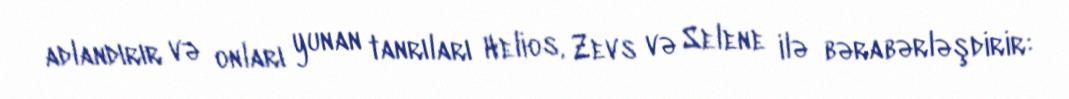
adlandırır və onları yunan tanrıları Helios, Zevs və Selene ilə bərabərləşdirir: